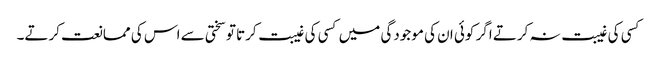
کسی کی غیبت نہ کرتے اگر کوئی ان کی موجودگی میں کسی کی غیبت کرتا تو سختی سے اس کی ممانعت کرتے۔